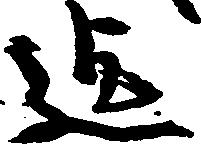
迄